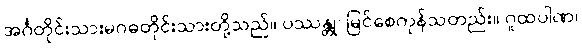
အင်္ဂတိုင်းသားမဂဓတိုင်းသားတို့သည်။ ပဿန္တု၊ မြင်စေကုန်သတည်း။ ဂူထပါဏ၊